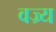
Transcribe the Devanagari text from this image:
वज्र्य